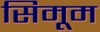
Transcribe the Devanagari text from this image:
सिमूम